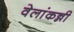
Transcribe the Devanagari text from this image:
वेलांकन्नी